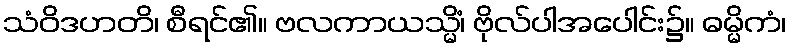
သံဝိဒဟတိ၊ စီရင်၏။ ဗလကာယသ္မိံ၊ ဗိုလ်ပါအပေါင်း၌။ ဓမ္မိကံ၊